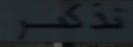
نذكر